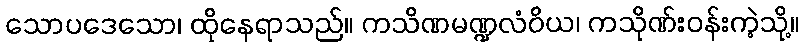
သောပဒေသော၊ ထိုနေရာသည်။ ကသိဏမဏ္ဍလံဝိယ၊ ကသိုဏ်းဝန်းကဲ့သို့။